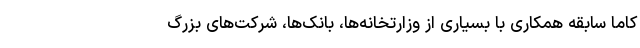
کاما سابقه همکاری با بسیاری از وزارتخانه‌ها، بانک‌ها، شرکت‌های بزرگ